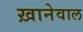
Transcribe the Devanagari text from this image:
ख़ानेवाल